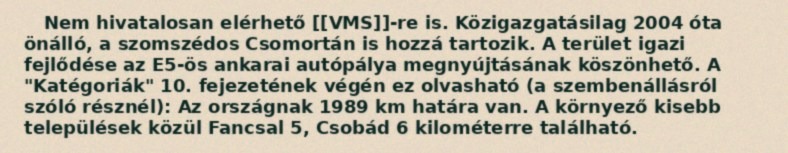
Nem hivatalosan elérhető [[VMS]]-re is. Közigazgatásilag 2004 óta önálló, a szomszédos Csomortán is hozzá tartozik. A terület igazi fejlődése az E5-ös ankarai autópálya megnyújtásának köszönhető. A "Katégoriák" 10. fejezetének végén ez olvasható (a szembenállásról szóló résznél): Az országnak 1989 km határa van. A környező kisebb települések közül Fancsal 5, Csobád 6 kilométerre található.